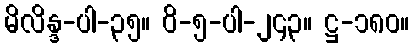
မိလိန္ဒ-ပါ-၃၅။ ဝိ-၅-ပါ-၂၄၃။ ဋ္ဌ-၁၈၀။